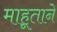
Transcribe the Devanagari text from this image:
माहूताने